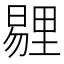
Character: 𪱁